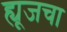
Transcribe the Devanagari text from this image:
ह्यूजचा